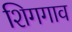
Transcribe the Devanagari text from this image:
शिगगाव